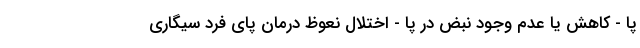
پا - کاهش یا عدم وجود نبض در پا - اختلال نعوظ درمان پای فرد سیگاری